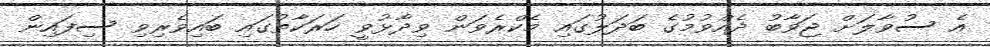
އެ ސުވާލަށް ޖަވާބު ދެއްވުމުގެ ބަދަލުގައި މެކްރެވަން ވިދާޅުވީ ހަރަކާތުގައި ބައިވެރިވި ސިފައިން